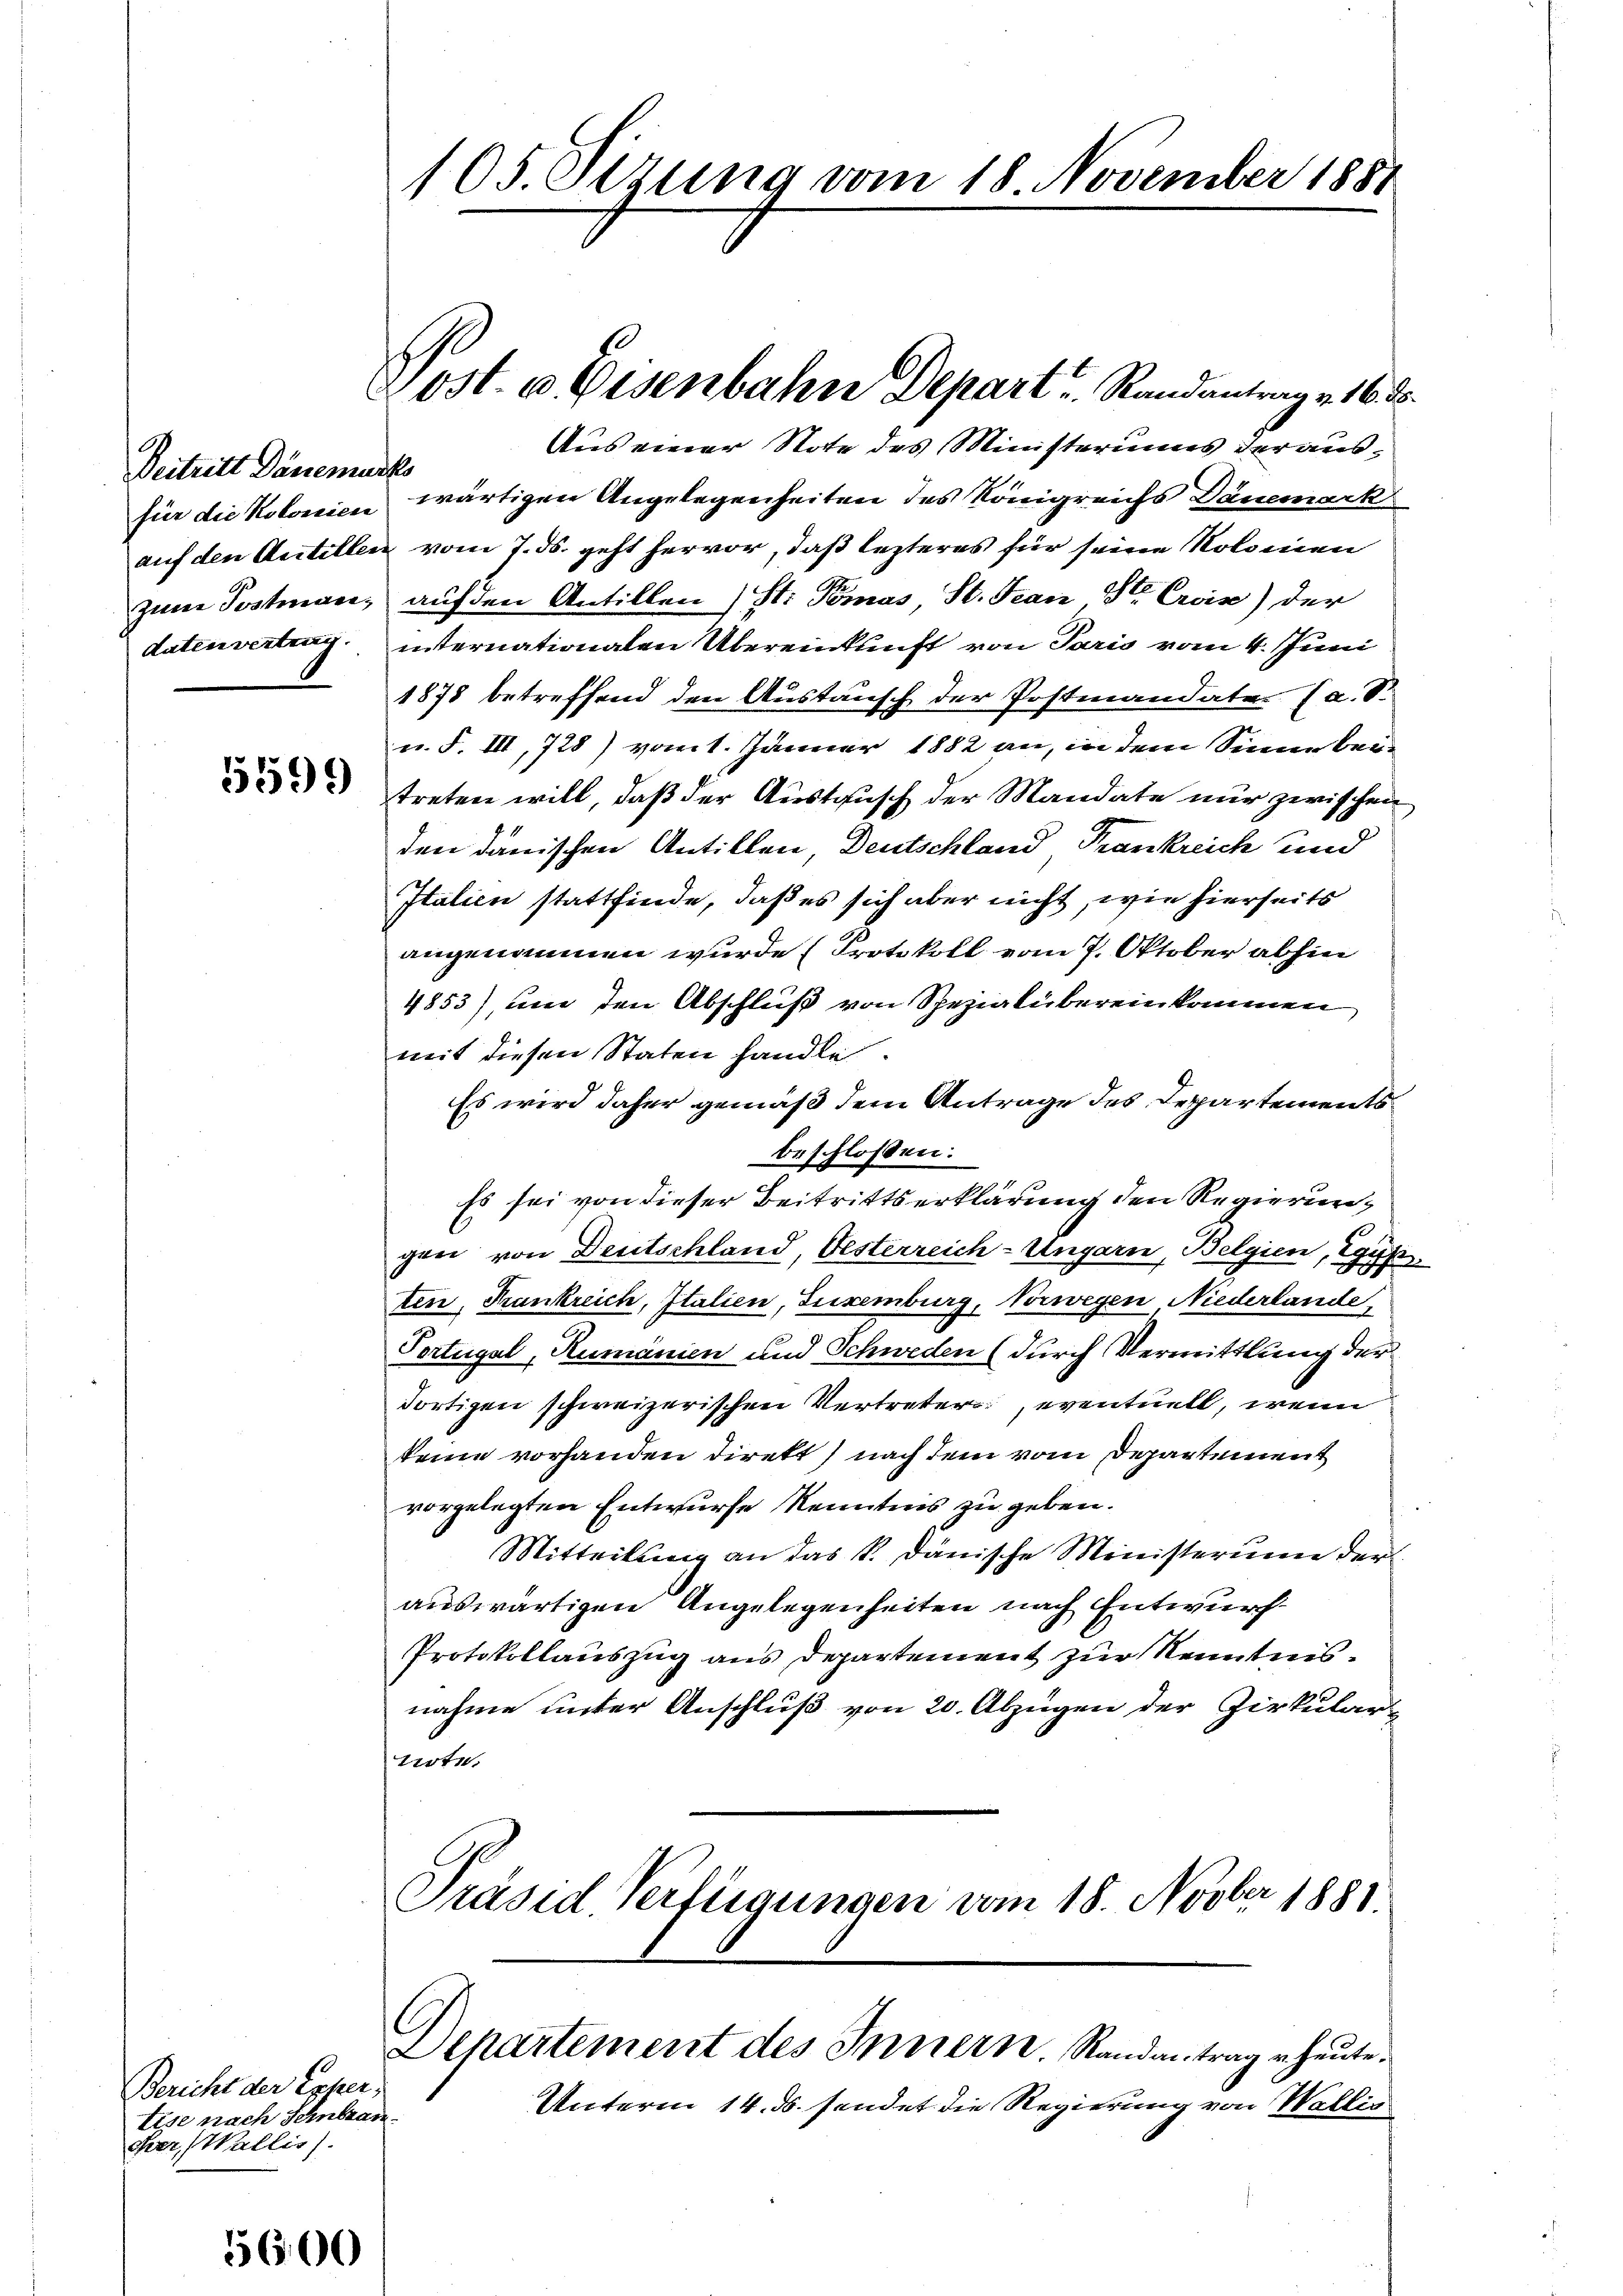
Beitritt Dänemucks

1599

Bericht der Exper
tise nach Schnbrau
cher, Wallis.

5606

105. Sizung vom 18. November 1881

Aus einer Note des Ministeriums der ausfür die Kolonien wärtigen Angelegenheiten des Königreichs Dänemark
auf den Antillen vom 7. ds. geht hervor, daß lezteres für seine Kolomen
zŭm Postman, auf den Antillen St: Tomas St. Jean St. Croix) der
datenvertrag internationalen Übereinkunft von Paris vom 4. Juni
1878 betreffend den Austausch der Postmandater (a. S.
u. F. III, 728) vom 1. Jänner 1882 an, in dem Sinne bei-
treten will, daß der Austausch der Mandate nur zwischen
den danischen Antillen, Deutschland Trankreich und
Italien stattfinde, daß es sich aber nicht, wie hierseits
angenommen wurde (Protokoll vom 7. Oktober abhin
4853), um den Abschluß von Spezialübereinkommen
mit diesen Staten handle.
Es wird daher gemäß dem Antrage des Departementsbeschlossen:
Es sei von dieser Beitrittserklärung den Regierunger von Deutschland, Oesterreich-Ungarn, Belgien, Egyp
ten, Krankreich, Italien, Suxenburg, Vorwegen, Niederlande
Portugal, Rumänien und Schweden (durch Vermittlung der
dortigen schweizerischen Vertreters, eventuell, wenn
keine vorhanden direkt) nach dem vom Departement
vorgelegten Entwurfe Kenntnis zu geben.
Mitteilung an das k. Danische Ministerum der
auswärtigen Angelegenheiten nach Entwurf
Protokollauszug aus Departement zur Kenntnisnahme unter Anschluß von 20. Abzügen der Zirkular-
tirte.
Präsid. Verfügungen vom 18. Novber 1881

Post. u. Eisenbahn Depart Randantrag v. 16. d.

Departement des Innern. Randantrag heute.

Unterm 14. ds. sendet die Regierung von Wallis